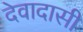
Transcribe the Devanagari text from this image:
देवादासी